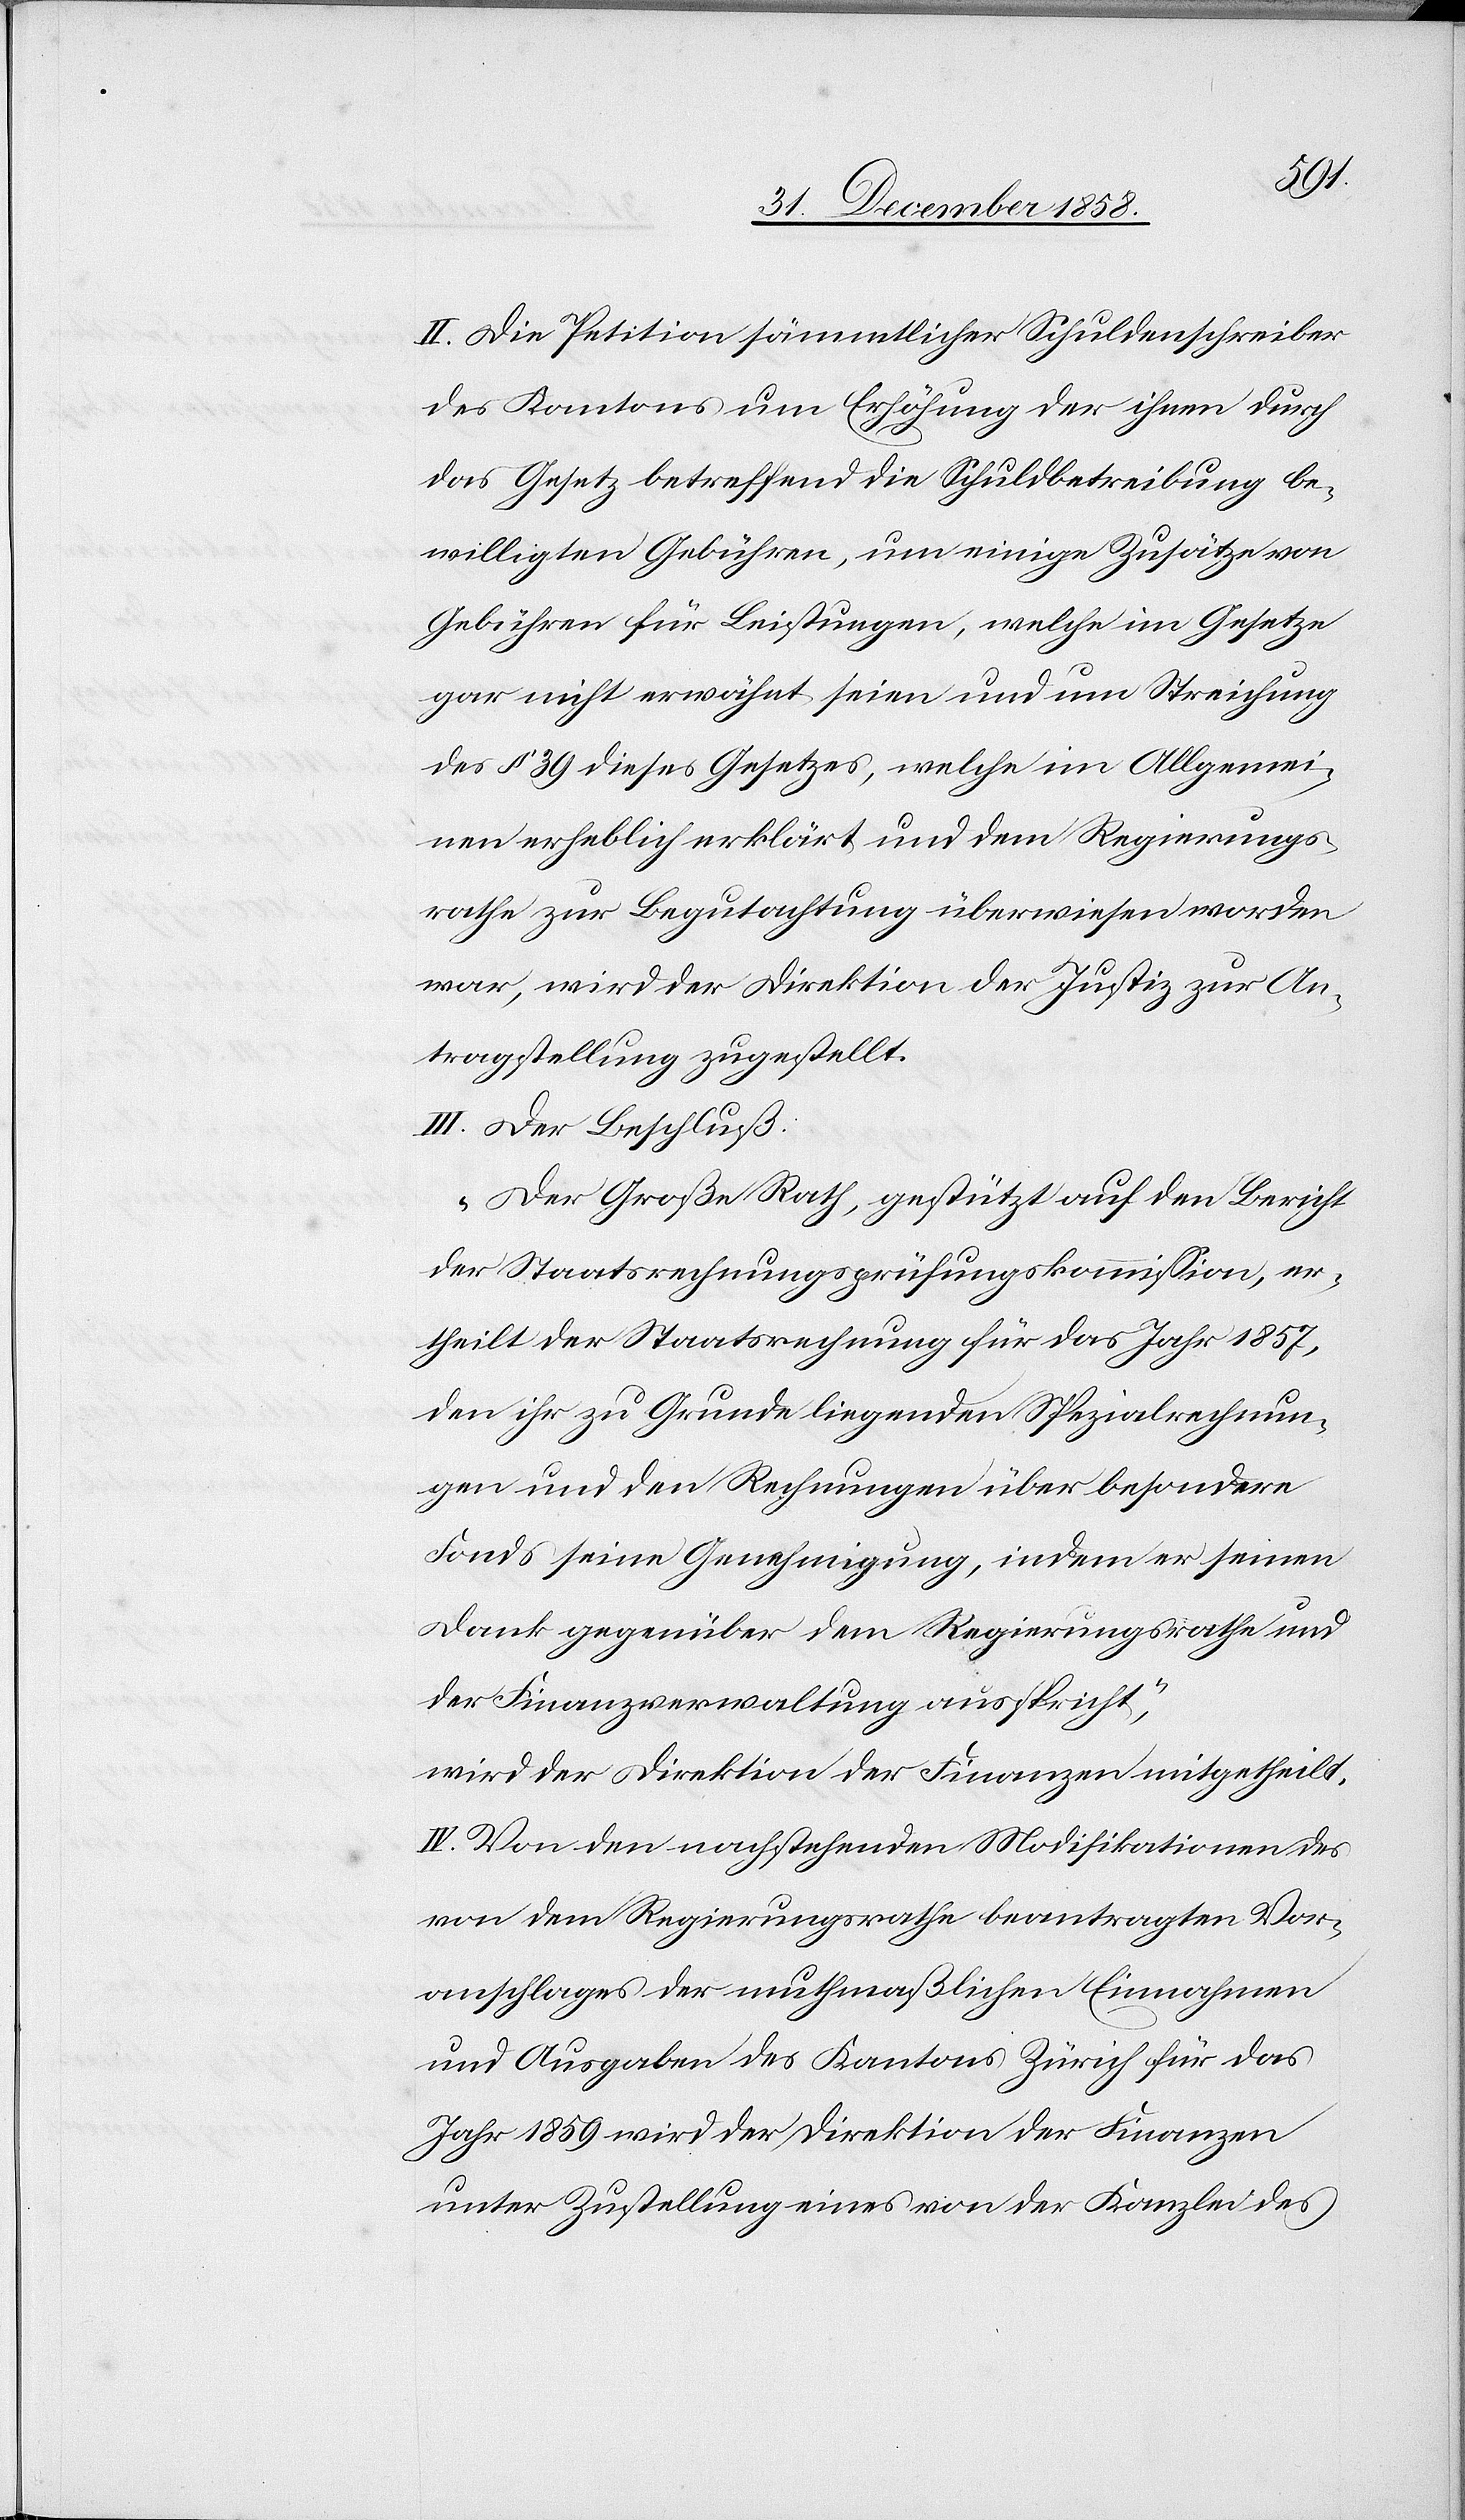
die